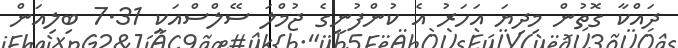
ދައްކާ ގޮތުން މިދިޔަ އަހަރު އެ ކުންފުނީގެ ޖުމްލަ ސޭލްސްއަކީ 7.31 ބިލިއަން